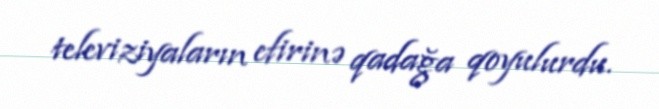
televiziyaların efirinə qadağa qoyulurdu.